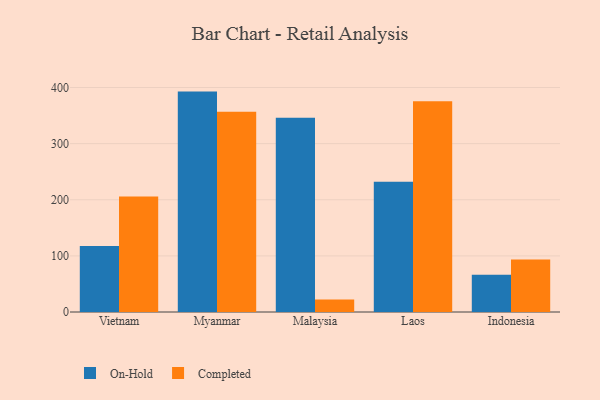
{"axis": {"x": "Country", "y": "Tickets Resolved"}, "legend": ["Completed", "On-Hold"], "data": [{"x": "Vietnam", "y": 117.7, "type": "On-Hold"}, {"x": "Vietnam", "y": 205.7, "type": "Completed"}, {"x": "Myanmar", "y": 392.7, "type": "On-Hold"}, {"x": "Myanmar", "y": 356.6, "type": "Completed"}, {"x": "Malaysia", "y": 346.0, "type": "On-Hold"}, {"x": "Malaysia", "y": 22.2, "type": "Completed"}, {"x": "Laos", "y": 231.9, "type": "On-Hold"}, {"x": "Laos", "y": 375.6, "type": "Completed"}, {"x": "Indonesia", "y": 66.4, "type": "On-Hold"}, {"x": "Indonesia", "y": 93.4, "type": "Completed"}]}